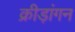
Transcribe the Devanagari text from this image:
क्रीड़ांगन